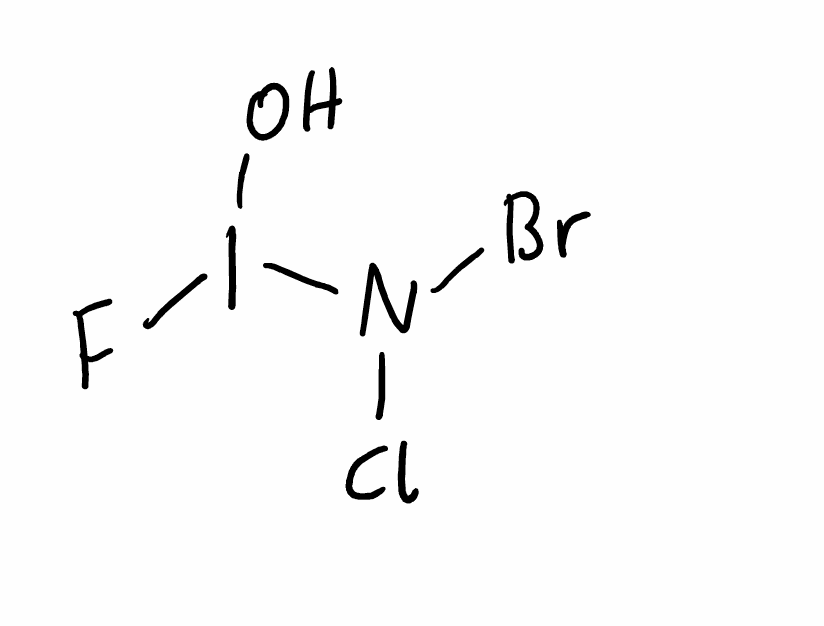
Simplified molecular-input line-entry system (SMILES) notation of the given molecule:
N(Cl)(Br)I(O)F